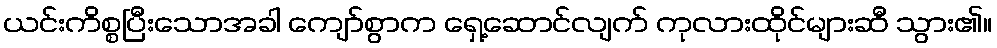
ယင်းကိစ္စပြီးသောအခါ ကျော်စွာက ရှေ့ဆောင်လျက် ကုလားထိုင်များဆီ သွား၏။